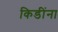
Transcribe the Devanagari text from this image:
किडींना